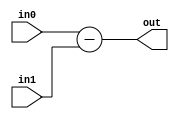
module subtract(
    input [10:0] in0,
    input in1,
    output [10:0] out
);
    
    assign out = in0 - in1;

endmodule